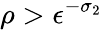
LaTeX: \rho>\epsilon^{-\sigma_{2}}